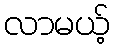
လာမယ့်